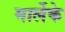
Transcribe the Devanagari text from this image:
मार्लेके